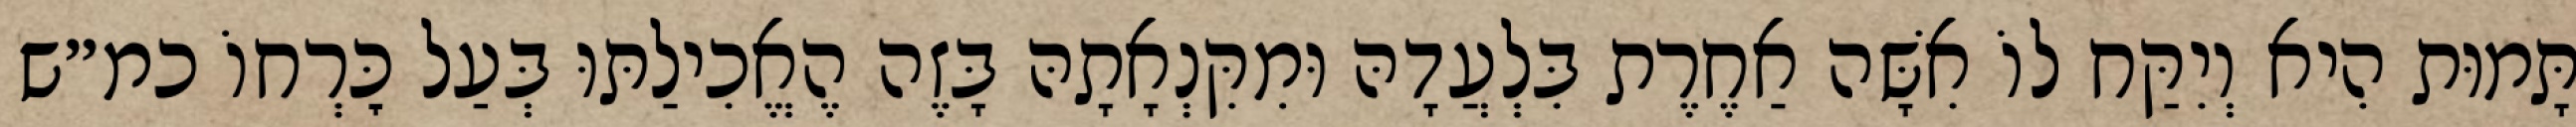
תָּמוּת הִיא וְיִקַּח לוֹ אִשָּׁה אַחֶרֶת בִּלְעֲדָהּ וּמִקִּנְאָתָהּ בָּזֶה הֶאֱכִילַתּוּ בְּעַל כׇּרְחוֹ כמ״ש